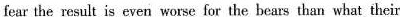
fear the result is even worse for the bears than what their